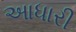
આધારી